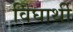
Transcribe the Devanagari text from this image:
विघार्थी